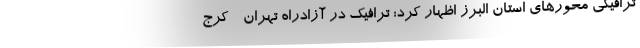
ترافیکی محورهای استان البرز اظهار کرد: ترافیک در آزادراه تهران - کرج